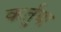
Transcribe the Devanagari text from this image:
कर्तुबा